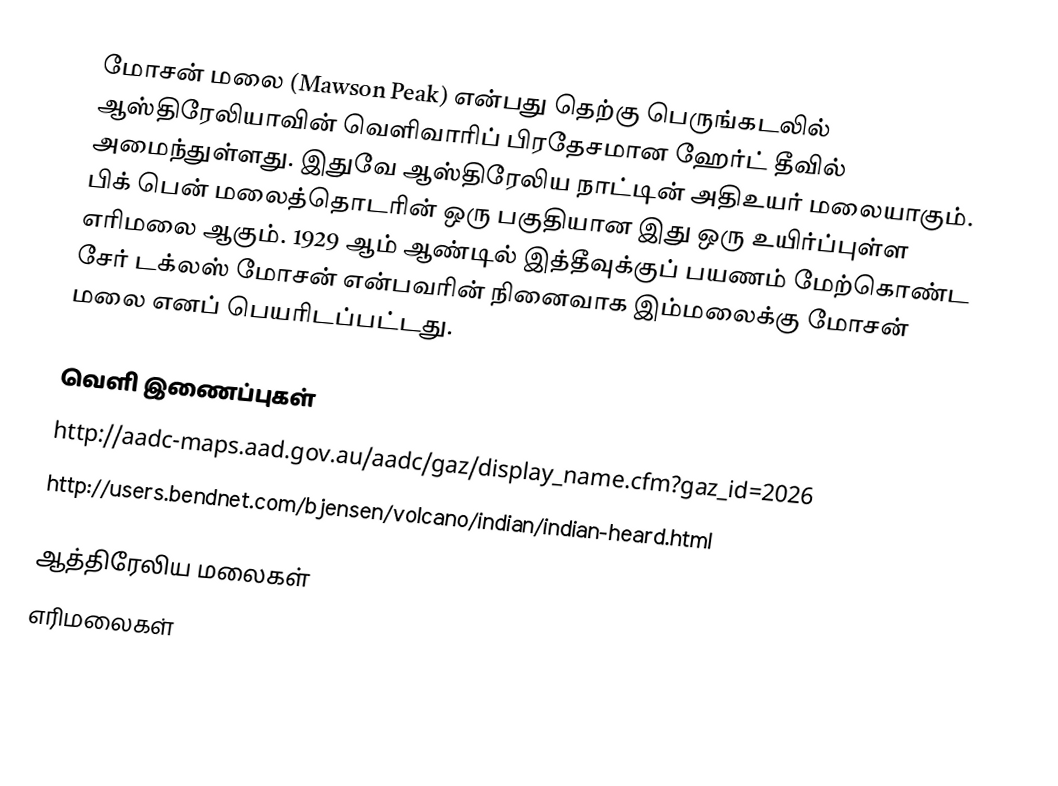
மோசன் மலை (Mawson Peak) என்பது தெற்கு பெருங்கடலில் ஆஸ்திரேலியாவின் வெளிவாரிப் பிரதேசமான ஹேர்ட் தீவில் அமைந்துள்ளது. இதுவே ஆஸ்திரேலிய நாட்டின் அதிஉயர் மலையாகும். பிக் பென் மலைத்தொடரின் ஒரு பகுதியான இது ஒரு உயிர்ப்புள்ள எரிமலை ஆகும். 1929 ஆம் ஆண்டில் இத்தீவுக்குப் பயணம் மேற்கொண்ட சேர் டக்லஸ் மோசன் என்பவரின் நினைவாக இம்மலைக்கு மோசன் மலை எனப் பெயரிடப்பட்டது.

வெளி இணைப்புகள்
 http://aadc-maps.aad.gov.au/aadc/gaz/display_name.cfm?gaz_id=2026
 http://users.bendnet.com/bjensen/volcano/indian/indian-heard.html

ஆத்திரேலிய மலைகள்
எரிமலைகள்